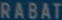
RABAT